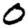
Digit: 0